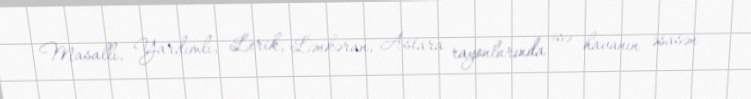
Masallı, Yardımlı, Lerik, Lənkəran, Astara rayonlarında isə havanın əsasən